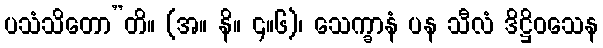
ပသံသိတော”တိ။ (အ။ နိ။ ၄။၆)၊ သေက္ခာနံ ပန သီလံ ဒိဋ္ဌိဝသေန